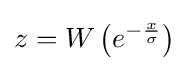
z=W\left(e^{-{\frac {x}{\sigma }}}\right)